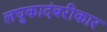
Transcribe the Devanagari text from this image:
लघुकादंबरीकार